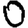
Digit: 0